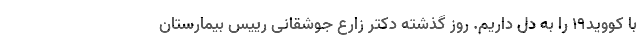
با کووید۱۹ را به دل داریم. روز گذشته دکتر زارع جوشقانی رییس بیمارستان